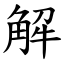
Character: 解